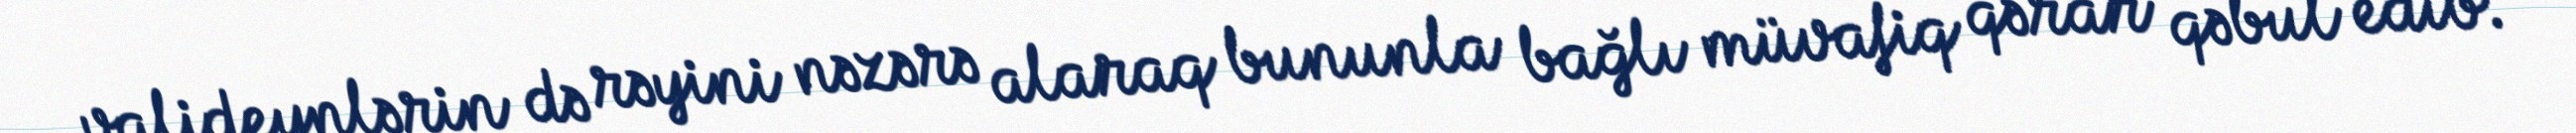
valideynlərin də rəyini nəzərə alaraq bununla bağlı müvafiq qərar qəbul edib.